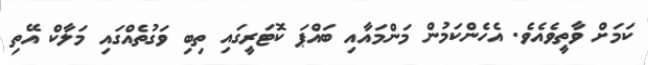
ކަމަށް ވާތީވެއެވެ. އެހެންކަމުން މަންމައާއި ބައްޕަ ކޮޓަރީގައި ތިބި ވަގުތެއްގައި މަލާކް އޭތި